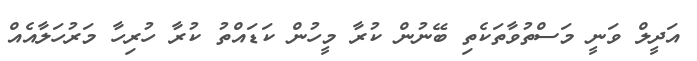
އަދީލް ވަނީ މަސްތުވާތަކެތި ބޭނުން ކުރާ މީހުން ކަޑައްތު ކުރާ ހުރިހާ މަރުހަލާއެއް